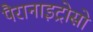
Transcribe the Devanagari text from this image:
पैरानाइट्रोसो